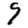
Digit: 9